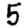
Digit: 5